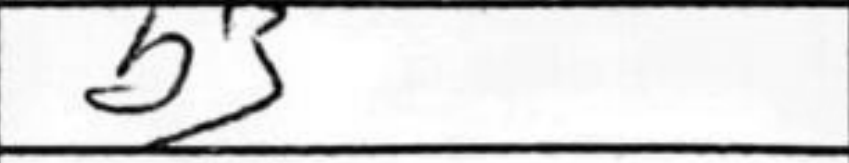
Transcription: b3